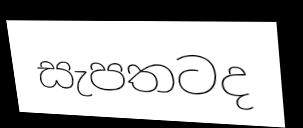
සැපතටද